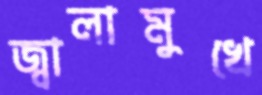
জ্বালামুখে